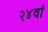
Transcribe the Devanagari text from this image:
२४वां